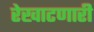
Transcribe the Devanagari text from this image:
रेखाटणारी